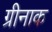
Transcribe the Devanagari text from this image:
ग्रीनाक